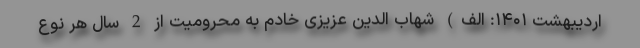
اردیبهشت ۱۴۰۱: الف) شهاب الدین عزیزی خادم به محرومیت از 2 سال هر نوع